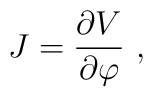
J=\frac{\partial V}{\partial \varphi}\ ,